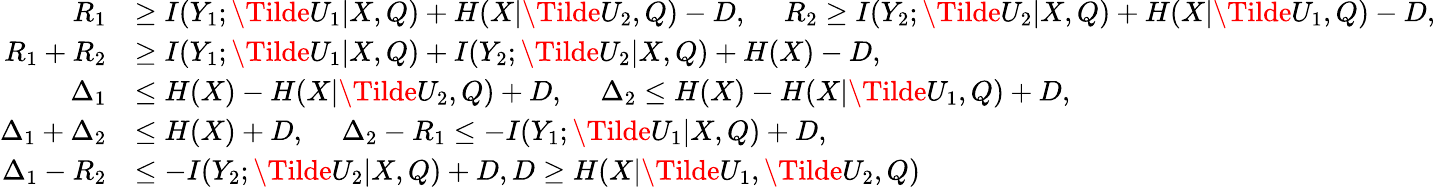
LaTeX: \begin{array}{rl}{R_{1}}&{\ge I(Y_{1};\Tilde{U}_{1}|X,Q)+H(X|\Tilde{U}_{2},Q)-D,~~~~~R_{2}\ge I(Y_{2};\Tilde{U}_{2}|X,Q)+H(X|\Tilde{U}_{1},Q)-D,}\\ {R_{1}+R_{2}}&{\ge I(Y_{1};\Tilde{U}_{1}|X,Q)+I(Y_{2};\Tilde{U}_{2}|X,Q)+H(X)-D,}\\ {\Delta_{1}}&{\le H(X)-H(X|\Tilde{U}_{2},Q)+D,~~~~~\Delta_{2}\le H(X)-H(X|\Tilde{U}_{1},Q)+D,}\\ {\Delta_{1}+\Delta_{2}}&{\le H(X)+D,~~~~~\Delta_{2}-R_{1}\le-I(Y_{1};\Tilde{U}_{1}|X,Q)+D,}\\ {\Delta_{1}-R_{2}}&{\le-I(Y_{2};\Tilde{U}_{2}|X,Q)+D,D\ge H(X|\Tilde{U}_{1},\Tilde{U}_{2},Q)}\end{array}